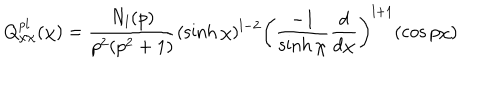
Q _ { \chi \chi } ^ { p l } ( \chi ) = \frac { N _ { l } ( p ) } { p ^ { 2 } ( p ^ { 2 } + 1 ) } ( \sinh \chi ) ^ { l - 2 } \left( \frac { - 1 } { \sinh \chi } \frac { d } { d \chi } \right) ^ { l + 1 } ( \cos p \chi )